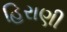
હિરાણી